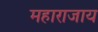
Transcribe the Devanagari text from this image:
महाराजाय